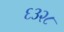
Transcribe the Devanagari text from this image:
६३२८